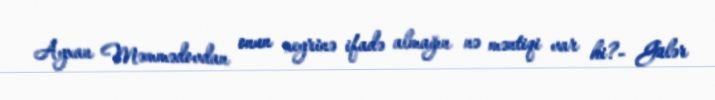
Ayxan Məmmədovdan onun xeyrinə ifadə almağın nə məntiqi var ki?- Gülər